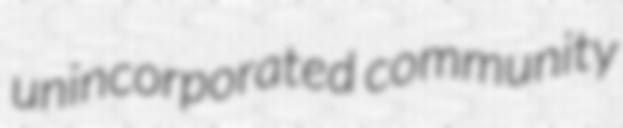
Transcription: unincorporated community